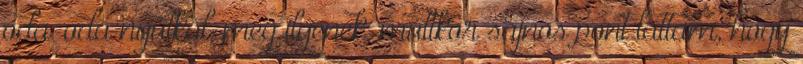
oda-oda nyúlkál, meg ilyenek, múltkor sajnos pont láttam, hogy